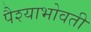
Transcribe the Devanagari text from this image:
पैश्याभोवती